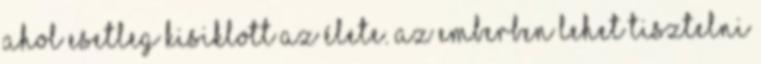
ahol esetleg kisiklott az élete. Az emberben lehet tisztelni